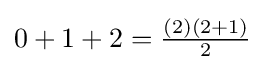
0+1+2={\tfrac {(2)(2+1)}{2}}